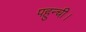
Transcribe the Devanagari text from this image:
पहुन्ची।